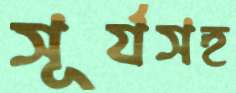
সূর্যসহ